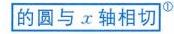
的圆与\(x\)轴相切^{\textcircled{3}}